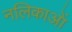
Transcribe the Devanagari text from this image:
नलिकाआें